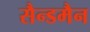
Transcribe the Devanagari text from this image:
सैन्डमैन